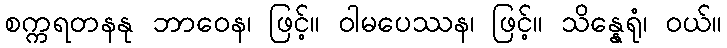
စက္ကရတနနု ဘာဝေန၊ ဖြင့်။ ဝါမပေဿန၊ ဖြင့်။ သိန္နေရုံ၊ ဝယ်။